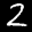
Label: 2